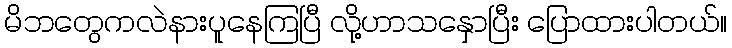
မိဘတွေကလဲနားပူနေကြပြီ လို့ဟာသနှောပြီး ပြောထားပါတယ်။